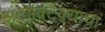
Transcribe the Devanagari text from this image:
अंटार्क्टिक्याचा